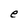
Character: e